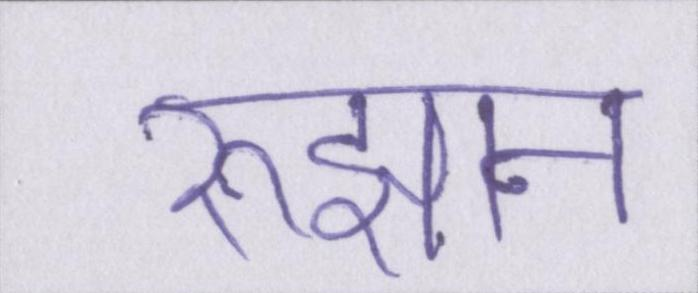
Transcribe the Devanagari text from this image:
रुझान